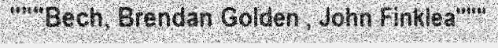
"""Bech, Brendan Golden , John Finklea"""